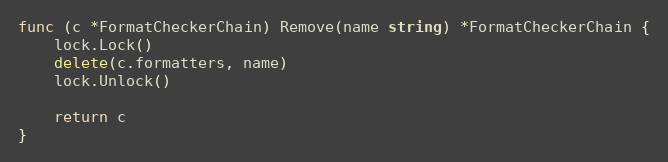
Language: Go
func (c *FormatCheckerChain) Remove(name string) *FormatCheckerChain {
	lock.Lock()
	delete(c.formatters, name)
	lock.Unlock()

	return c
}